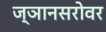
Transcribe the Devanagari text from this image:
ज्ञानसरोवर